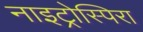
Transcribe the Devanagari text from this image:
नाइट्रोस्पिरा